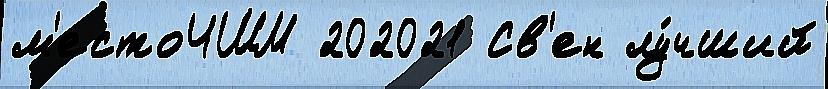
м'естоЧШМ 202021 Св'ен лу́чший